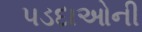
પડદાઓની